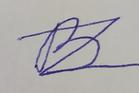
Signature authenticity: forged